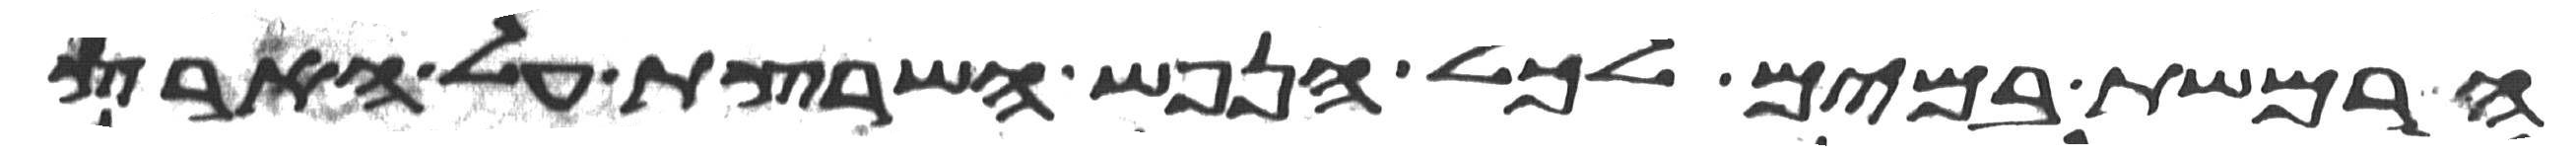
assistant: הרמשת במים לכל הנפש השרצת על הארץ